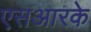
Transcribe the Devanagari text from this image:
एसआरके